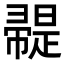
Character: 𢅦